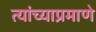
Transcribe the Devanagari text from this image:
त्यांच्याप्रमाणे